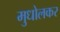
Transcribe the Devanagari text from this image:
मुधोलकर